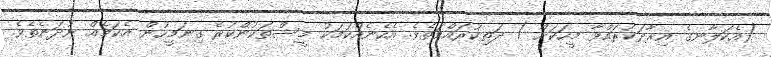
(އެކަލާނގެ އިރާދަކުރައްވާ މީހަކަށް ) ދަތިކުރައްވަތެވެ. އެހެނެއްކަމަކު މީސްތަކުންކުރެ ގިނަމީހުން އެކަމެއް ނުދަނެތެވެ.